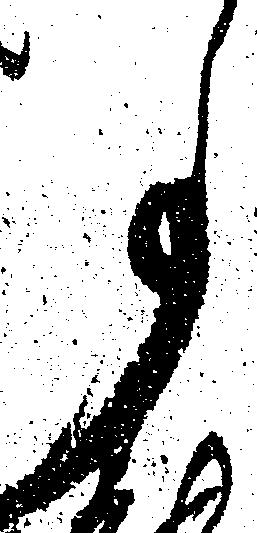
事